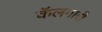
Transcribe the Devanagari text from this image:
कॅलगारी